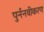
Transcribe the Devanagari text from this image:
पुर्ननवीकरण